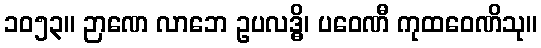
၁၀၅၃။ ဉာဏေ လာဘေ ဥပလဒ္ဓိ၊ ပဝေဏီ ကုထဝေဏိသု။